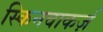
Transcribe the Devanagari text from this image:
स्किनवाकर्ज़